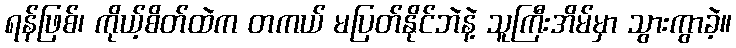
ရန်ဖြစ်၊ ကိုယ့်စိတ်ထဲက တကယ် မပြတ်နိုင်ဘဲနဲ့ သူကြီးအိမ်မှာ သွားကွာခဲ့။